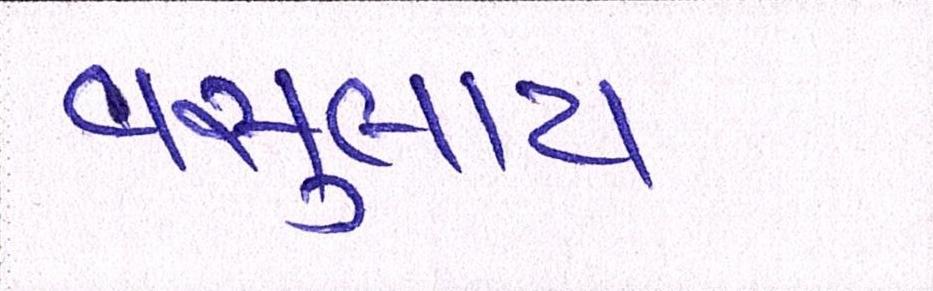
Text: વસુલાય